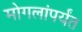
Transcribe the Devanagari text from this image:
मोगलांपर्यंत